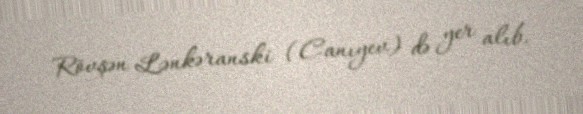
Rövşən Lənkəranski (Canıyev) də yer alıb.